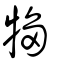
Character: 犓